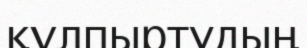
құлпыртудың